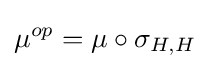
\mu ^{op}=\mu \circ \sigma _{H,H}